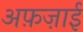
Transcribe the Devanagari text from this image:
अफ़ज़ाई